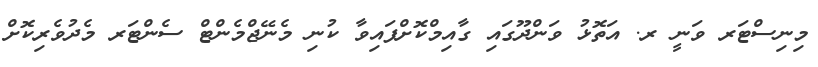
މިނިސްޓަރ ވަނީ ރ. އަތޮޅު ވަންދޫގައި ގާއިމްކޮށްފައިވާ ކުނި މެނޭޖްމެންޓް ސެންޓަރ މެދުވެރިކޮށް